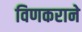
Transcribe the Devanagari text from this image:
विणकराने